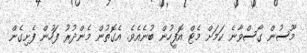
މޫސުން ގޯސްވާނެ ކަމަށް މެޓް އޮފީހުން ބުނެއެވެ. އެގޮތުން މެންދުރު ފަހުން ފެށިގެން